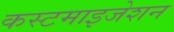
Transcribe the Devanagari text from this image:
कस्टमाइजेशन